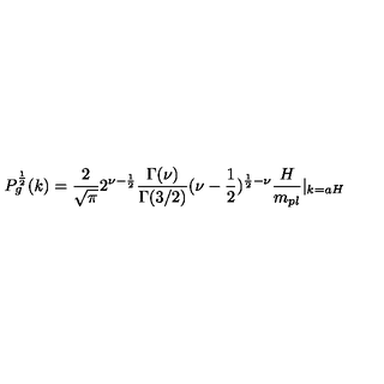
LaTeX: P _ { g } ^ { \frac { 1 } { 2 } } ( k ) = \frac { 2 } { \sqrt { \pi } } 2 ^ { \nu - \frac { 1 } { 2 } } \frac { \Gamma ( \nu ) } { \Gamma ( 3 / 2 ) } ( \nu - \frac { 1 } { 2 } ) ^ { \frac { 1 } { 2 } - \nu } \frac { H } { m _ { p l } } | _ { k = a H }